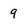
Character: 9